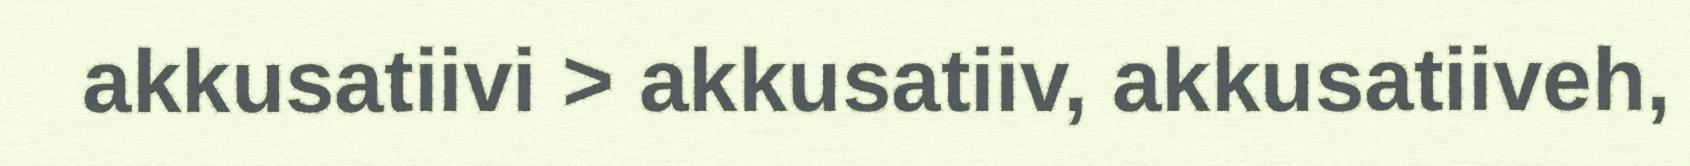
akkusatiivi > akkusatiiv, akkusatiiveh,